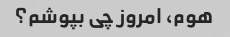
هوم، امروز چی بپوشم؟